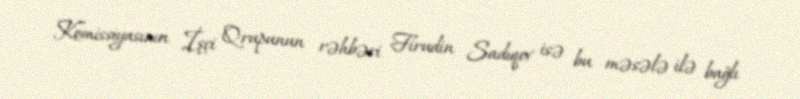
Komissiyasının İşçi Qrupunun rəhbəri Firudin Sadıqov isə bu məsələ ilə bağlı